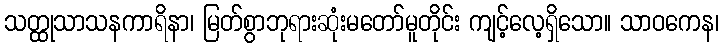
သတ္ထုသာသနကာရိနာ၊ မြတ်စွာဘုရားဆုံးမတော်မူတိုင်း ကျင့်လေ့ရှိသော။ သာဝကေန၊